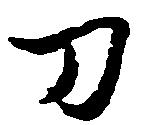
刀